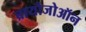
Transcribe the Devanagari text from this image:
ब्रायोजोऑन